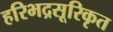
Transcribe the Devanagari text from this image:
हरिभद्रसूरिकृत